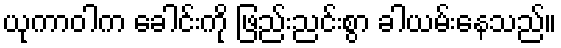
ယုကာဝါက ခေါင်းကို ဖြည်းညင်းစွာ ခါယမ်းနေသည်။